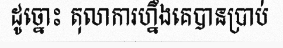
ដូច្នោះ តុលាការហ្នឹងគេបានប្រាប់